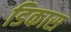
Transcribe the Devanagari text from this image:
डिकास